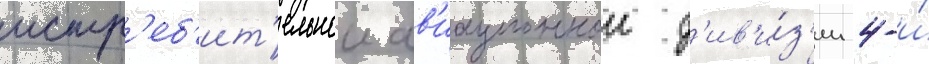
истр'еб'ит'ельнои ав'иационнои д'ив'и́з'ии 4-и́